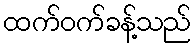
ထက်ဝက်ခန့်သည်